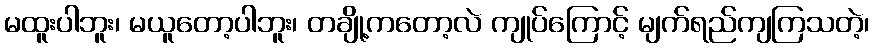
မထူးပါဘူး၊ မယူတော့ပါဘူး၊ တချို့ကတော့လဲ ကျုပ်ကြောင့် မျက်ရည်ကျကြသတဲ့၊